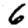
Digit: 6